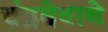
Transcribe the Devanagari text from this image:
चंद्रदेवाने